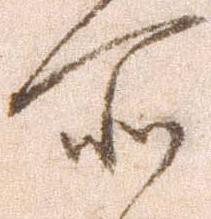
所